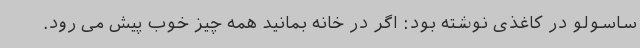
ساسولو در کاغذی نوشته بود: اگر در خانه بمانید همه چیز خوب پیش می رود.